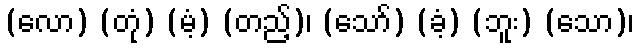
(လော) (တုံ) (မံ့) (တည့်)၊ (သော်) (ခံ့) (ဘူး) (သော)၊